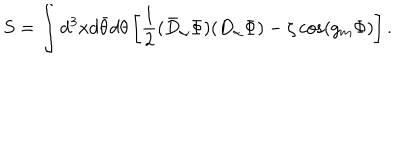
S = \int d ^ { 3 } x d \bar { \theta } d \theta \left[ \frac 1 2 ( \bar { D } _ { \alpha } \Phi ) ( D _ { \alpha } \Phi ) - \zeta \cos \left( g _ { m } \Phi \right) \right] .